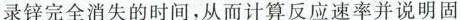
录锌完全消失的时间，从而计算反应速率并说明固